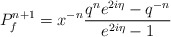
\begin{align*}P^{n+1}_f=x^{-n}\frac{q^{n}e^{2i\eta}-q^{-n}}{e^{2i\eta}-1}\end{align*}